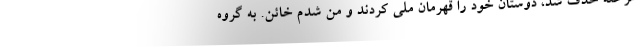
مرحله حذف شد، دوستان خود را قهرمان ملی کردند و من شدم خائن. به گروه